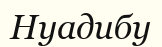
Нуадибу